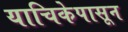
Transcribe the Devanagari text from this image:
याचिकेपासून